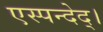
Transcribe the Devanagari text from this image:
एस्पन्देद्।